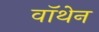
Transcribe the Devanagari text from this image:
वॉथेन